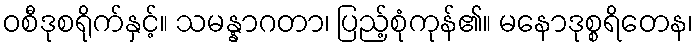
ဝစီဒုစရိုက်နှင့်။ သမန္နာဂတာ၊ ပြည့်စုံကုန်၏။ မနောဒုစ္စရိတေန၊